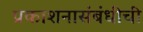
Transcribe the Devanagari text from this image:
प्रकाशनासंबंधीची